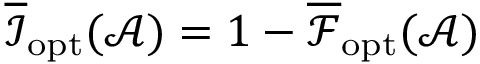
\overline { { \mathcal { I } } } _ { \mathrm { o p t } } ( \mathcal { A } ) = 1 - \overline { { \mathcal { F } } } _ { \mathrm { o p t } } ( \mathcal { A } )